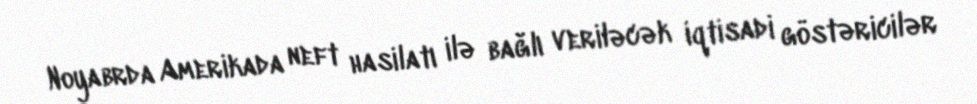
Noyabrda Amerikada neft hasilatı ilə bağlı veriləcək iqtisadi göstəricilər